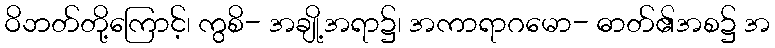
ဝိဘတ်တို့ကြောင့်၊ ကွစိ- အချို့အရာ၌၊ အကာရာဂမော- ဓာတ်၏အစ၌ အ